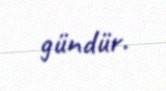
gündür.